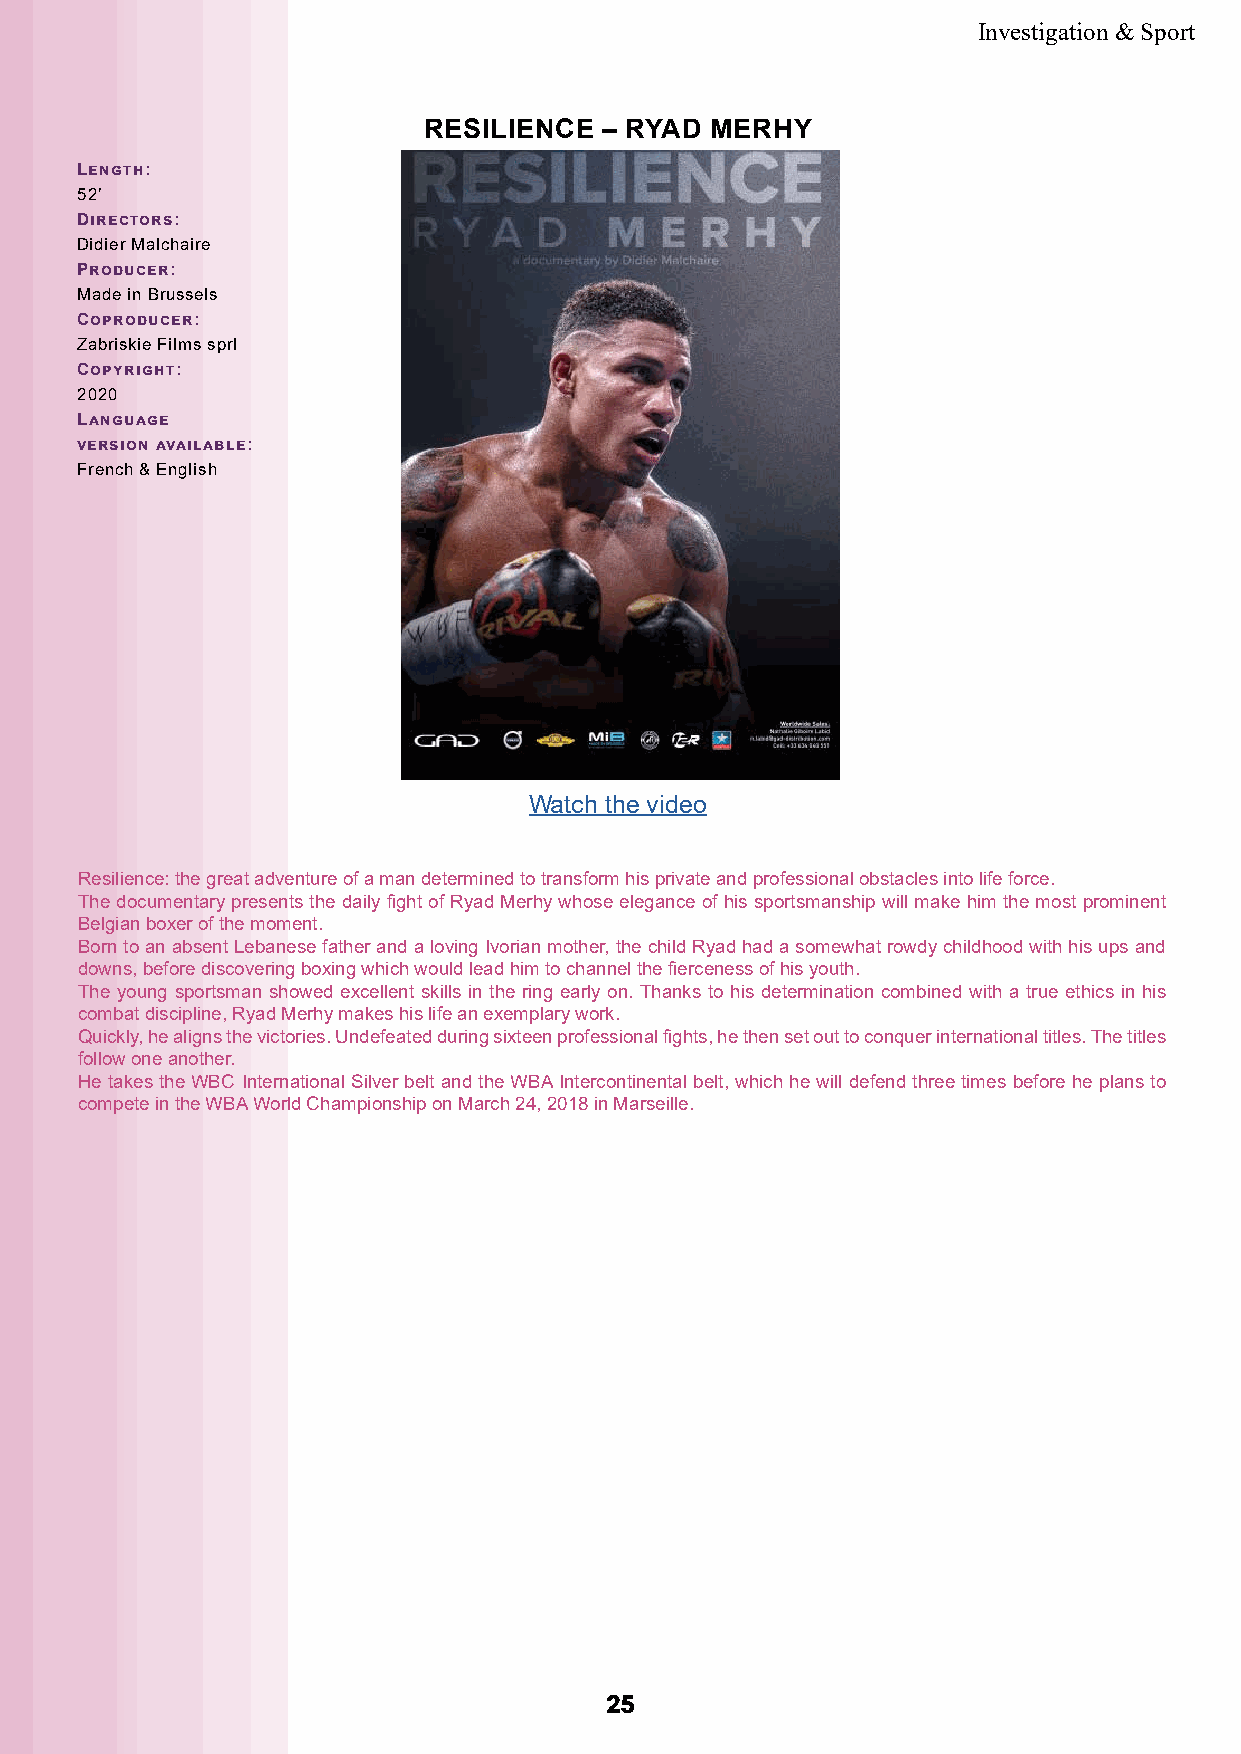
Investigation & Sport
 RESILIENCE  – RYAD MERHY
 Length:
 52’
 Directors:
 Didier Malchaire
 Producer:
 Made in Brussels
 Coproducer:
 Zabriskie Films sprl
 Copyright:
 2020
 Language
 version available:
 French & English
 Watch the video
 Resilience: the great adventure of a man determined to transform his private and professional obstacles into life force.
 The documentary presents the daily fight of Ryad Merhy whose elegance of his sportsmanship will make him the most prominent
 Belgian boxer of the moment.
 Born to an absent Lebanese father and a loving Ivorian mother, the child Ryad had a somewhat rowdy childhood with his ups and
 downs, before discovering boxing which would lead him to channel the fierceness of his youth.
 The young sportsman showed excellent skills in the ring early on. Thanks to his determination combined with a true ethics in his
 combat discipline, Ryad Merhy makes his life an exemplary work.
 Quickly, he aligns the victories. Undefeated during sixteen professional fights, he then set out to conquer international titles. The titles
 follow one another.
 He takes the WBC International Silver belt and the WBA Intercontinental belt, which he will defend three times before he plans to
 compete in the WBA World Championship on March 24, 2018 in Marseille.
 2255